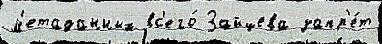
м'етаданных вс'его́ Зайцева запр'е́т